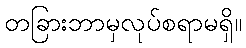
တခြားဘာမှလုပ်စရာမရှိ။